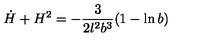
\dot { H } + H ^ { 2 } = - \frac { 3 } { 2 l ^ { 2 } b ^ { 3 } } ( 1 - \ln b )